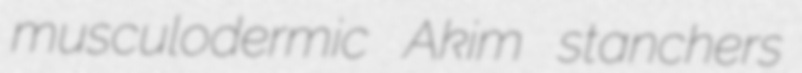
musculodermic Akim stanchers